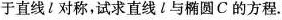
于直线l对称，试求直线l与椭圆C的方程.